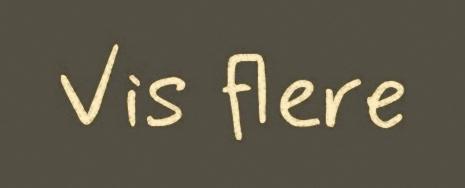
Vis flere